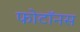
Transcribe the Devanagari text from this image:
फोटॉनस